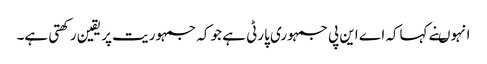
انہوںنے کہاکہ اے این پی جمہوری پارٹی ہے جو کہ جمہوریت پر یقین ر کھتی ہے۔